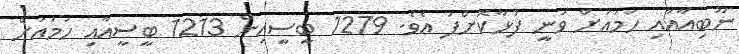
ނޫބިއާއާއި ހަމައަށް ވަނީ ފުޅާކޮށްފަ އެވެ. 1279 ބީސީއިން 1213 ބީސީއާއި ހަމައަށް